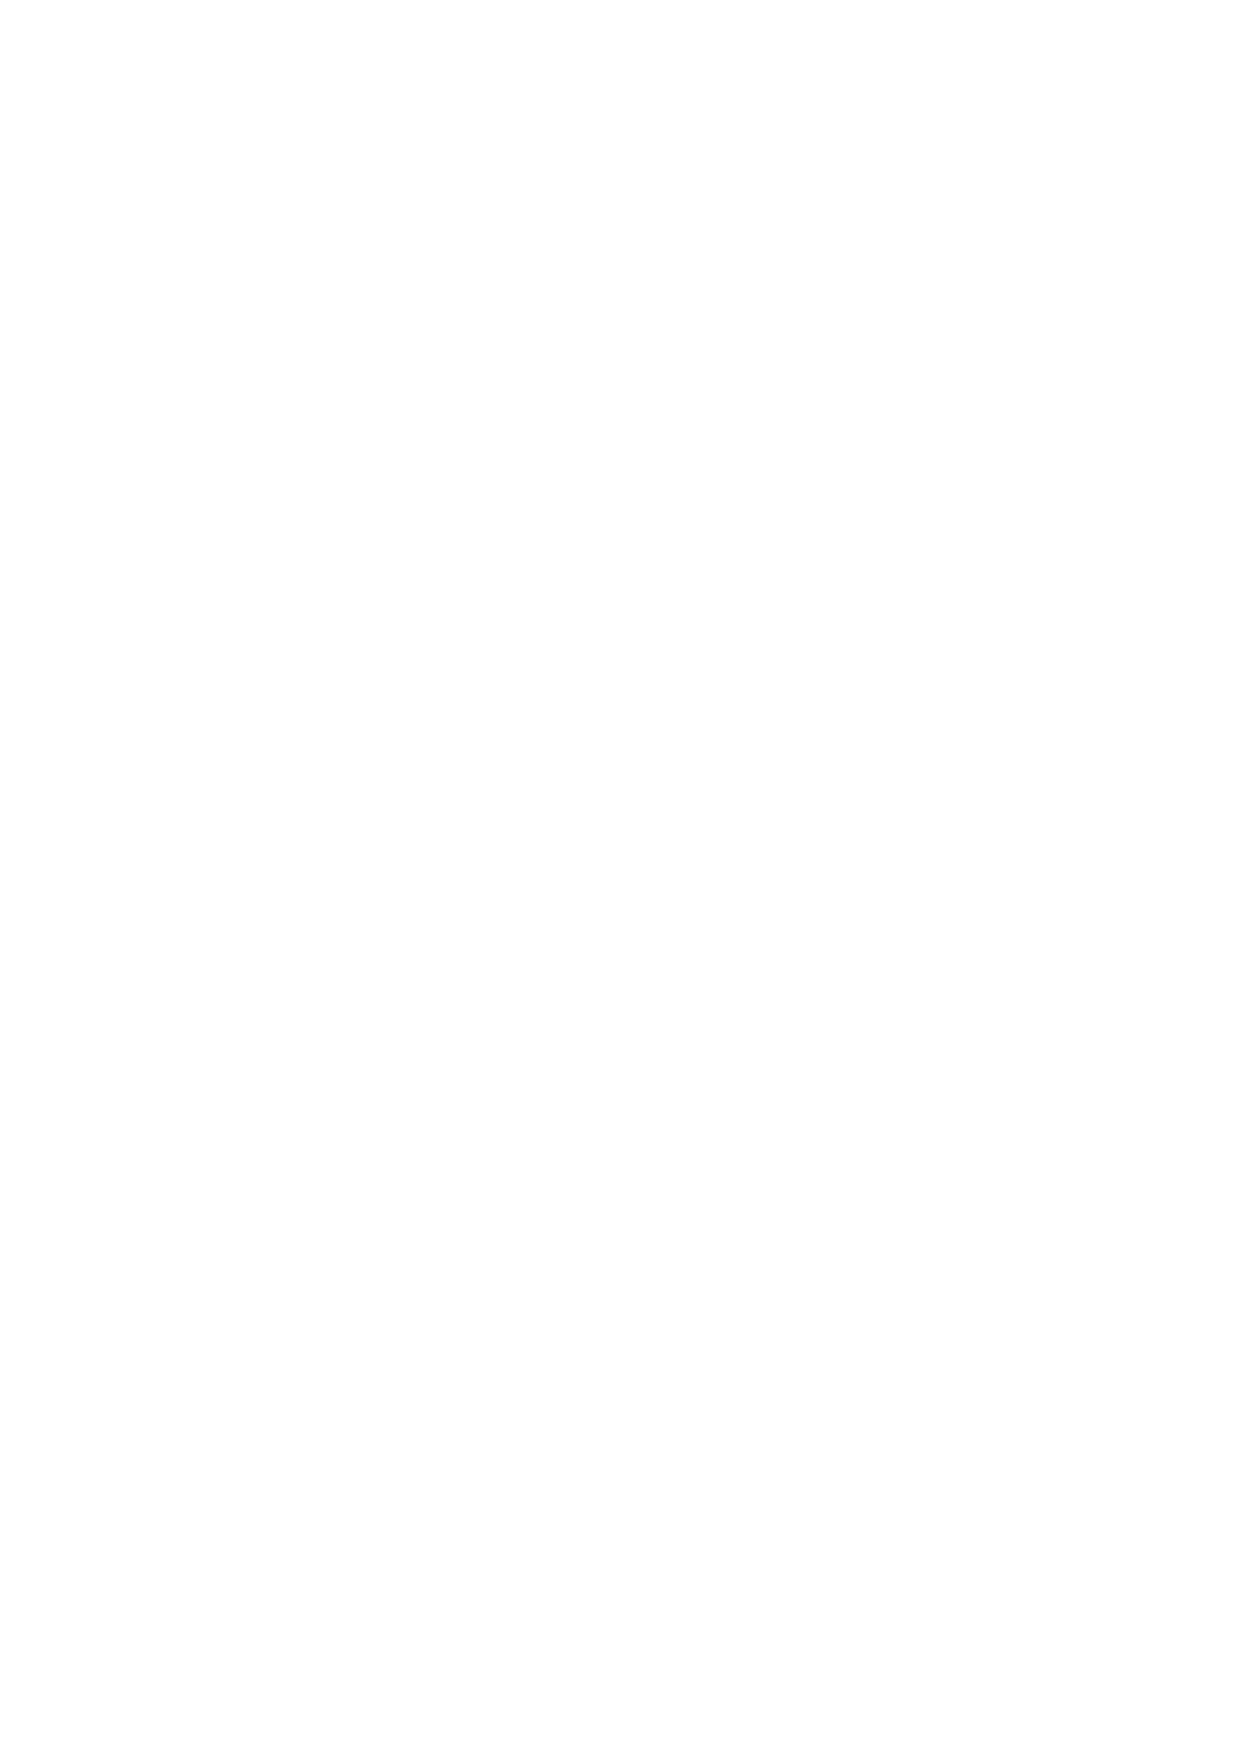
METHODIST HOMES
 NOTES TO THE FINANCIAL STATEMENTS For
 the year ended 31 March 2015
 12.  TangibleFixed Assets Company(continued)
 -
 Included within freehold land and buildings above is land of £50,016,000 (2014 restated: £51,101.000) which
 is notdepreciated.
 Additions to freehold land and buildings include capitalised interest of £32,000 (2014: £13,000). The
 cumulatie amountofcapitalised interestincluded is £2,507,000 2014: £2,475,000).
 Included within freehold land and buildings is £17,559,000 (2014restated: £6,377,000) ofassets in the course
 ofconstruction.
 13.  Capital Commitments
 Group              Company
 2015     2014       2015     2014
 £‘OOO   £‘OOO       £‘OOO   £‘OOO
 Expenditurecontracted, less certified 27,806 10,450 27,806 10,450
 14.  Inestmcnts Group and Company
 -
 Unrestricted Restricted Endowment 2015  2014
 Funds    Funds    Funds   Total     Total
 £‘OOO    £‘OOO     £‘OOO  £‘OOO    £‘OOO
 1 April 2014                   409       687    1.096    4,584
 -
 Disposals                                                (3,553)
 Net gain on revaluation          20       30      50       65
 -
 31 March 2015                  429       717    1,146    1,096
 -
 The securitiesrepresent:
 Methodist Church Central
 Finance Board:
 Equity fundunits                270              270       256
 -                 -
 Fixed interestfund units         159      717    876       840
 -
 31 March2015                   429       717    1,146    1,096
 -
 All investments are carried at their fair a1ue. Investment in equities and fixed interest units are all traded in
 quoted public markets, primarily the London Stock Exchange. Holdings in common investment funds, unit
 trusts and open-ended in’estment companies are at the hid price. Thebasis offair value for quoted investments
 is equialent to the market value, using the hid price. Asset sales and purchases are recognised at the date of
 trade at cost (thatis their transaction value).
 42